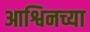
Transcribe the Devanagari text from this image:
आश्विनच्या